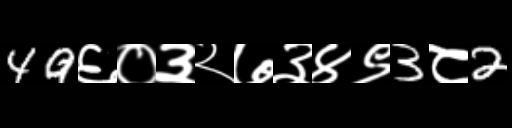
Text: 49६०३२७३४९3८2